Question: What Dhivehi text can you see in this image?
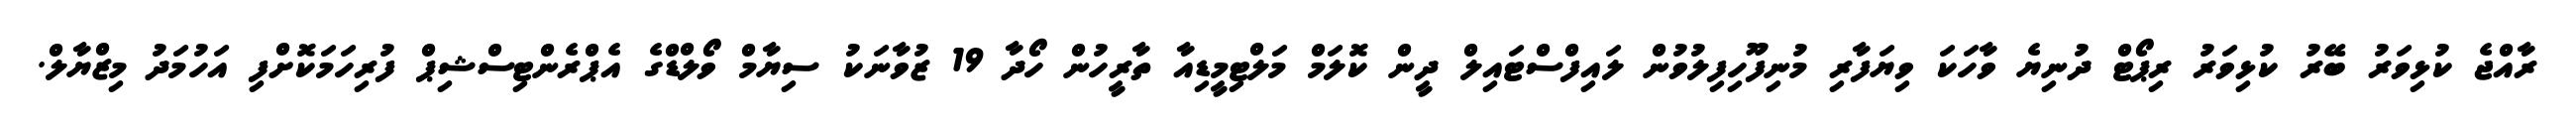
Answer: ރާއްޖެ ކުޅިވަރު ބޭރު ކުޅިވަރު ރިޕޯޓް ދުނިޔެ ވާހަކަ ވިޔަފާރި މުނިފޫހިފިލުވުން ލައިފްސްޓައިލް ދީން ކޮލަމް މަލްޓިމީޑިއާ ތާރީހުން ހޯދާ 19 ޒުވާނަކު ސިޔާމް ވޯލްޑްގެ އެޕްރެންޓިސްޝިޕް ފުރިހަމަކޮށްފި އަހުމަދު މިޒްޔާލް.